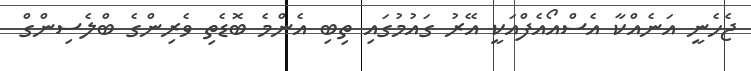
ޖެހެނީ އަނެއްކާ އެސްއޯއެފްއަކީ އޭރު ގައުމުގައި ތިބި އެންމެ ބޮޑެތި ވެރިންގެ ބްލެސިންގް